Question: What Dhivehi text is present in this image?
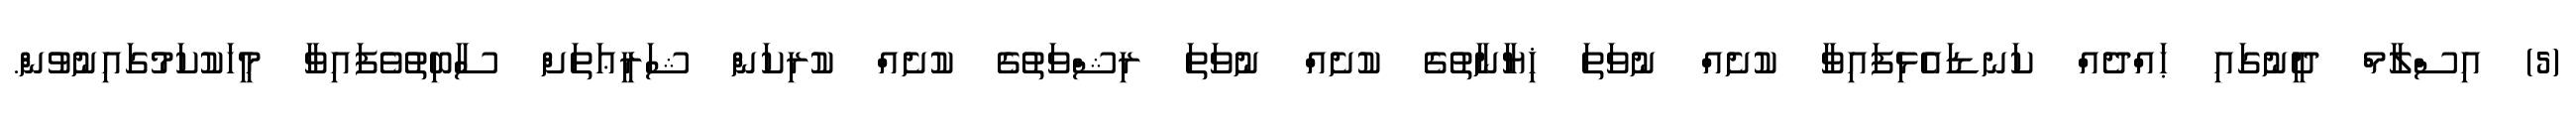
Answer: (5) އިސްލާމް ދީނުގައި ޙައްދެއް ކަނޑައެޅިފައިވާ ކުށެއް ނުވަތަ ޚިޔާނާތުގެ ކުށެއް ނުވަތަ ރިޝްވަތުގެ ކުށެއް ކުރިކަން ޝަރީޢަތަށް ސާބިތުވެފައިވާ މީހަކުކަމުގައިނުވުން.